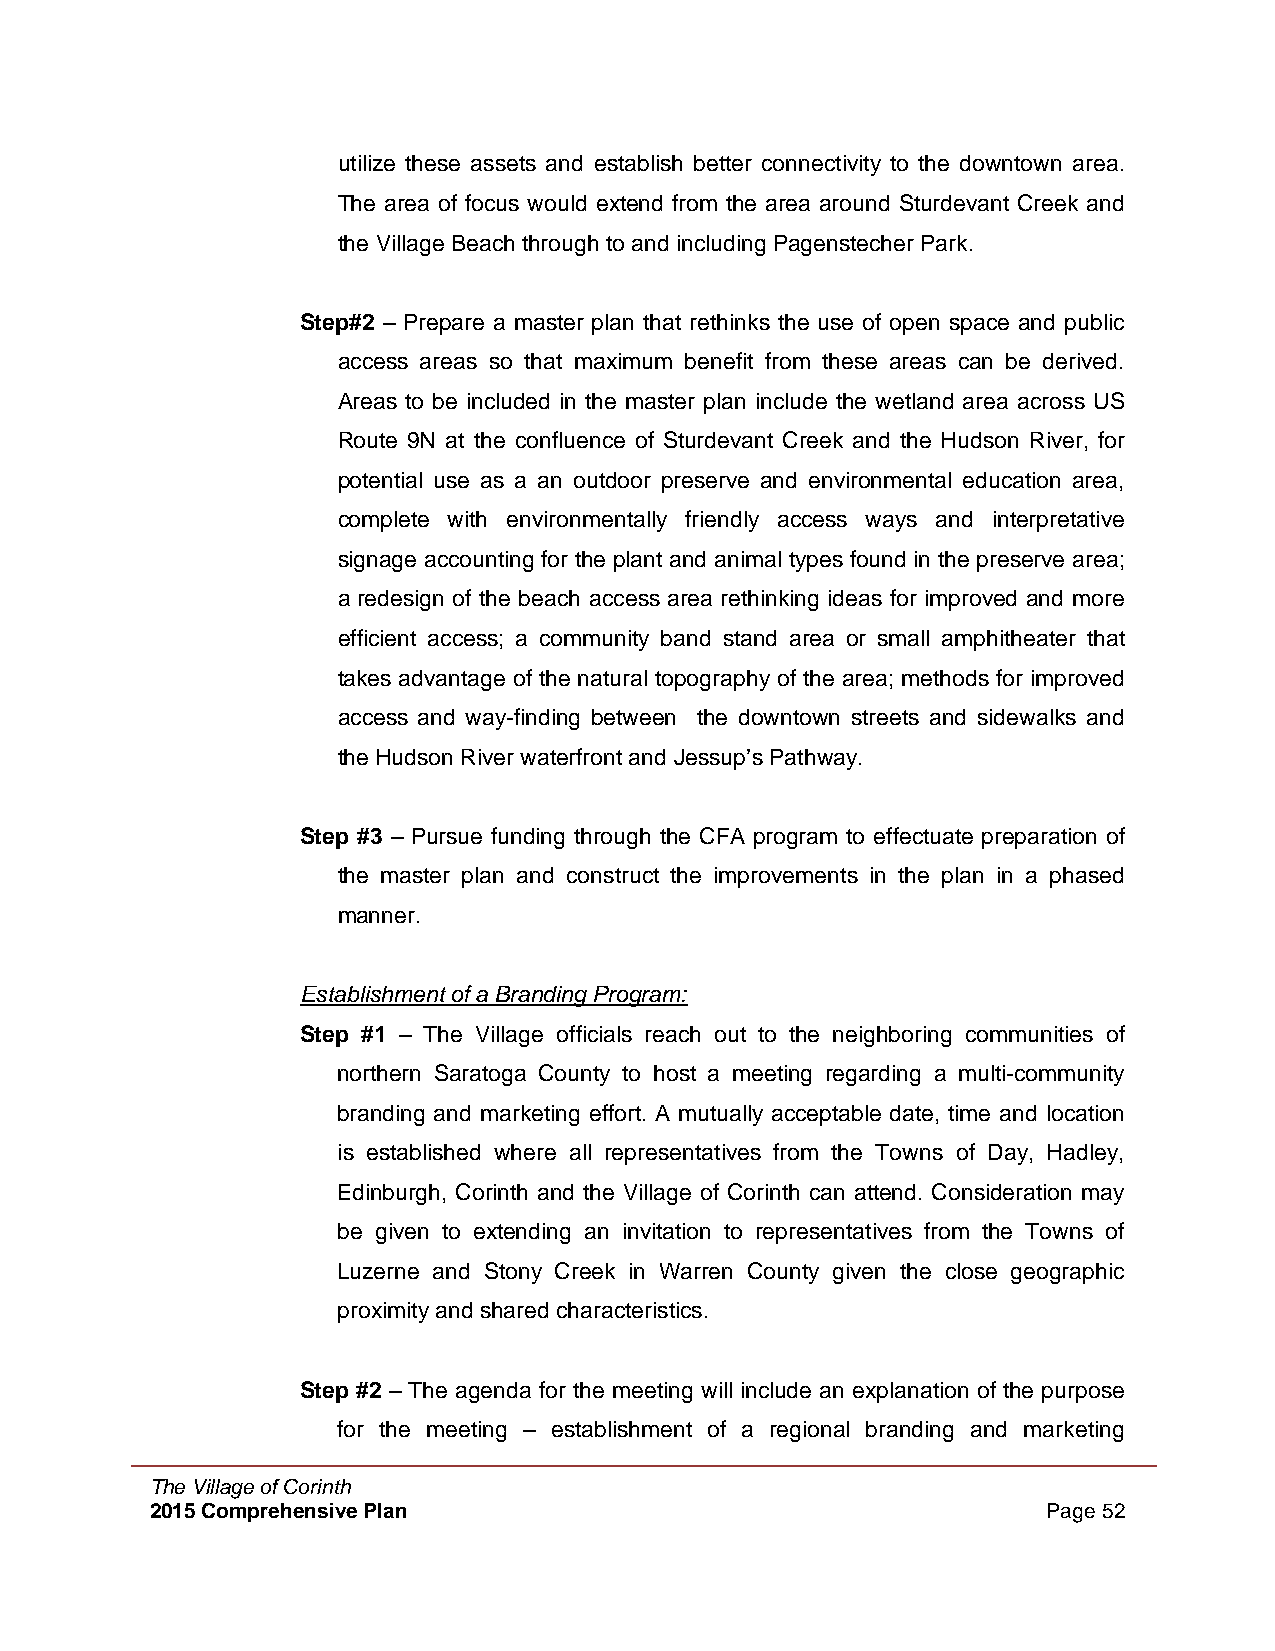
utilize these assets and establish better connectivity to the downtown area.
 The area of focus would extend from the area around Sturdevant Creek and
 the Village Beach through to and including Pagenstecher Park.
 Step#2 – Prepare a master plan that rethinks the use of open space and public
 access areas so that maximum benefit from these areas can be derived.
 Areas to be included in the master plan include the wetland area across US
 Route 9N at the confluence of Sturdevant Creek and the Hudson River, for
 potential use as a an outdoor preserve and environmental education area,
 complete with environmentally friendly access ways and interpretative
 signage accounting for the plant and animal types found in the preserve area;
 a redesign of the beach access area rethinking ideas for improved and more
 efficient access; a community band stand area or small amphitheater that
 takes advantage of the natural topography of the area; methods for improved
 access and way-finding between the downtown streets and sidewalks and
 the Hudson River waterfront and Jessup’s Pathway.
 Step #3 – Pursue funding through the CFA program to effectuate preparation of
 the master plan and construct the improvements in the plan in a phased
 manner.
 Establishment of a Branding Program:
 Step #1 – The Village officials reach out to the neighboring communities of
 northern Saratoga County to host a meeting regarding a multi-community
 branding and marketing effort. A mutually acceptable date, time and location
 is established where all representatives from the Towns of Day, Hadley,
 Edinburgh, Corinth and the Village of Corinth can attend. Consideration may
 be given to extending an invitation to representatives from the Towns of
 Luzerne and Stony Creek in Warren County given the close geographic
 proximity and shared characteristics.
 Step #2 – The agenda for the meeting will include an explanation of the purpose
 for the meeting – establishment of a regional branding and marketing
 The Village of Corinth
 2015 Comprehensive Plan                                    Page 52